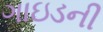
ગાઇડની